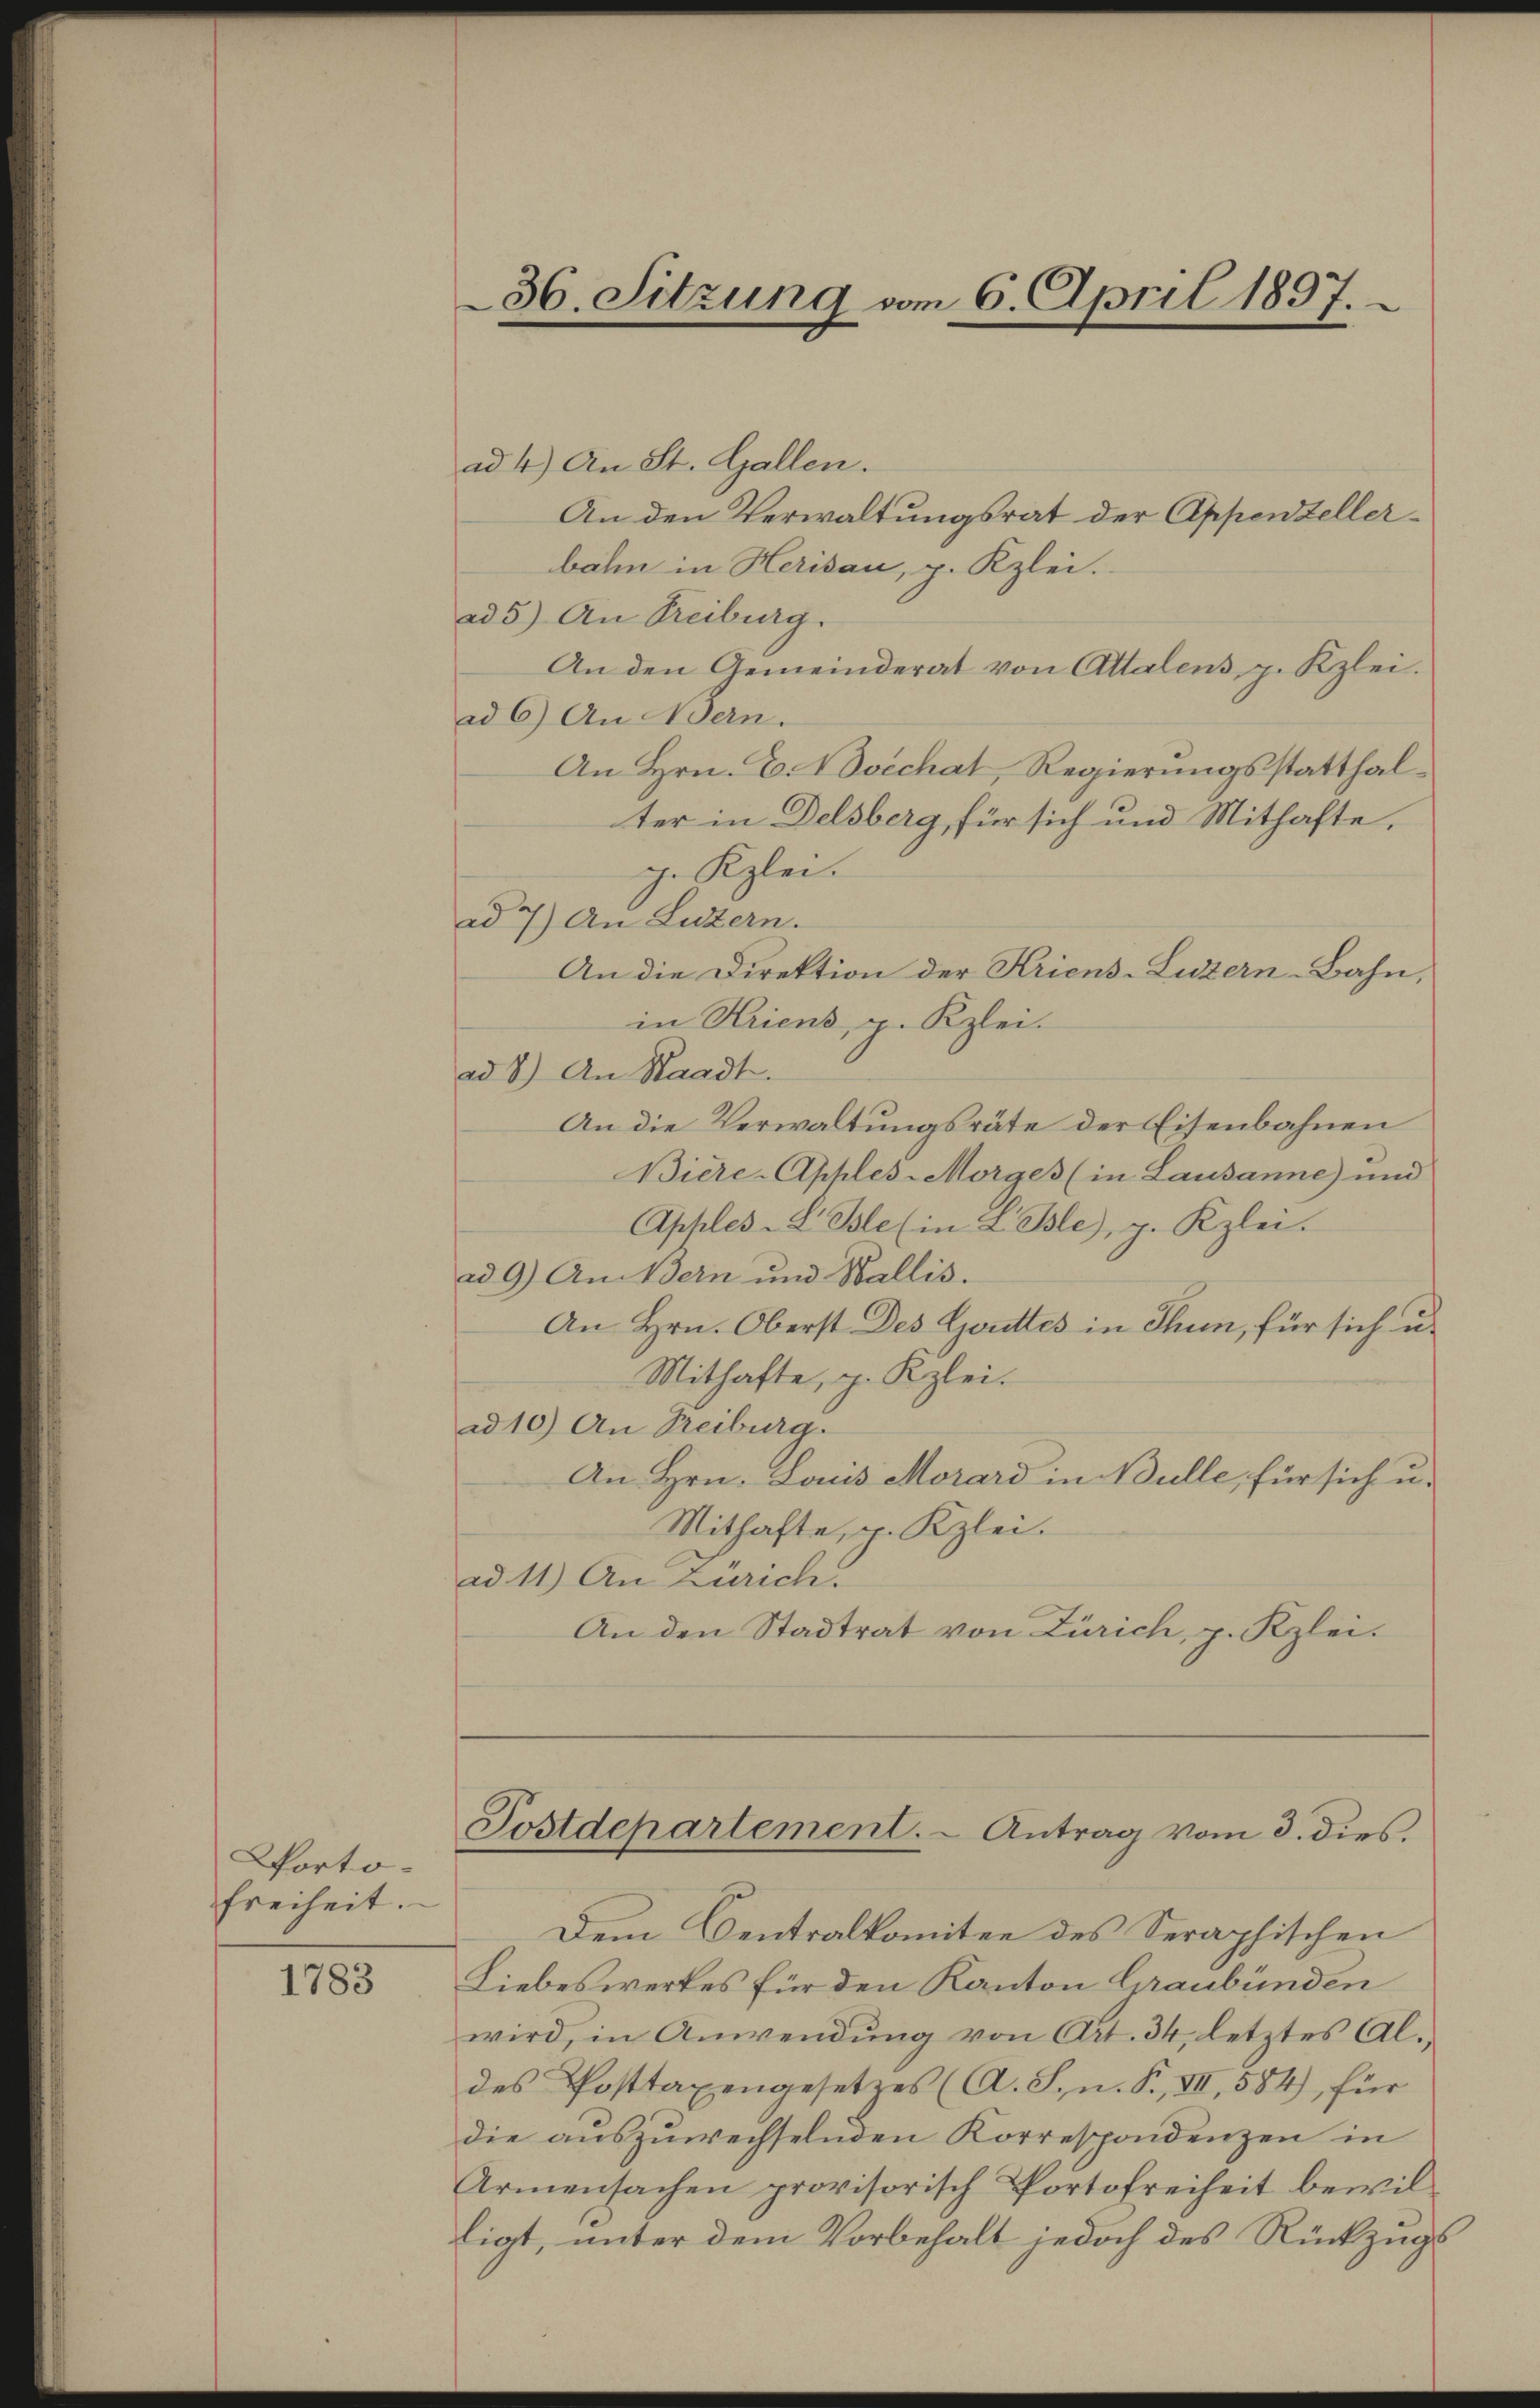
Portofreiheit.

1783

36. Sitzung vom 6. April 1897.

ad 4.) An St. Gallen.
An den Verwaltungsrat der Appenzellerbahn in Herisau, p. Kzlei.
ad 5) An Freiburg.
An den Gemeinderat von Attalens, p. Kzlei.
ad 6) An ein.
An Hrn. E. Dechat, Regierungsstatthalter in Delsberg, für sich und Mithafte,
g. Klei.
ad 7) An Luzern.
An die Direktion der Kriens-Luzern-Bahn,
in Kriens, p. Kzlei-
ad 2.) An Staadt.
An die Verwaltungsräte der Eisenbahnen
Biere-Apples Morges (in Lausanne) und
Apples-S. Ble (in Lile), g. Kzlei.
ad 9) Am Bern und Wallis.
An Hrn. Oberst Des Gottes in Thun, für sich u.
Mithafte, p. Kzlei.
ad 10) An Freiburg.
An Hrn. Louis Morard in Bulle, für sich u.
Mithafte, p. Kzlei.
ad 11) An Zürich.
An den Stadtrat von Zürich, p. Klei¬

Postdepartement. - Antrag vom 3. dies

Dem Centralkomitee des Seraphischen
Liebeswertes für den Kanton Graubünden
wird, in Anwendung von Art. 34, letztes Al.
des Posttaxengesetzes (A. S. n. F. VII, 584), für
die auszuwechselnden Korrespondenzen in
Armensachen provisorisch Portofreiheit bewilligt, unter dem Vorbehalt jedoch des Rückzugs